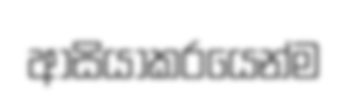
ආසියාකරයෙන්ම